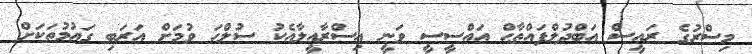
މިސްރުގެ ރައީސް އަބްދުލްފައްތާޙް އައްސީސީ ވަނީ އިސްރާއީލާއެކު ސުލްޙަ ވުމަށް އަރަބި ގައުމުތަކަށް